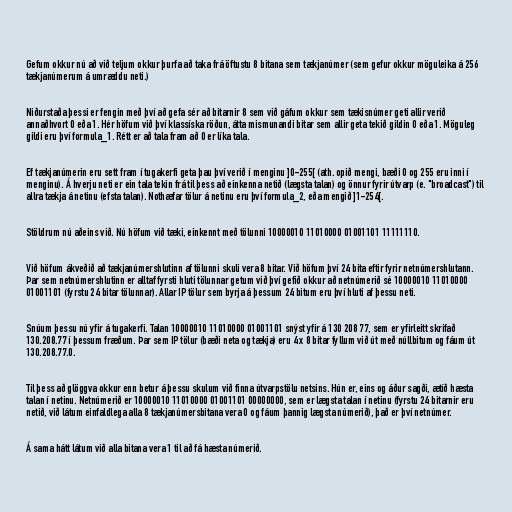
Gefum okkur nú að við teljum okkur þurfa að taka frá öftustu 8 bitana sem tækjanúmer (sem gefur okkur möguleika á 256
tækjanúmerum á umræddu neti.)

Niðurstaða þessi er fengin með því að gefa sér að bitarnir 8 sem við gáfum okkur sem tækisnúmer geti allir verið
annaðhvort 0 eða 1. Hér höfum við því klassíska röðun, átta mismunandi bitar sem allir geta tekið gildin 0 eða 1. Möguleg
gildi eru því formula_1. Rétt er að tala fram að 0 er líka tala.

Ef tækjanúmerin eru sett fram í tugakerfi geta þau því verið í menginu ]0-255[ (ath. opið mengi, bæði 0 og 255 eru inni í
menginu). Á hverju neti er ein tala tekin frá til þess að einkenna netið (lægsta talan) og önnur fyrir útvarp (e. "broadcast") til
allra tækja á netinu (efsta talan). Nothæfar tölur á netinu eru því formula_2, eða mengið ]1-254[.

Stöldrum nú aðeins við. Nú höfum við tæki, einkennt með tölunni 10000010 11010000 01001101 11111110.

Við höfum ákveðið að tækjanúmershlutinn af tölunni skuli vera 8 bitar. Við höfum því 24 bita eftir fyrir netnúmershlutann.
Þar sem netnúmershlutinn er alltaf fyrsti hluti tölunnar getum við því gefið okkur að netnúmerið sé 10000010 11010000
01001101 (fyrstu 24 bitar tölunnar). Allar IP tölur sem byrja á þessum 24 bitum eru því hluti af þessu neti.

Snúum þessu nú yfir á tugakerfi. Talan 10000010 11010000 01001101 snýst yfir á 130 208 77, sem er yfirleitt skrifað
130.208.77 í þessum fræðum. Þar sem IP tölur (bæði neta og tækja) eru 4 x 8 bitar fyllum við út með núllbitum og fáum út
130.208.77.0.

Til þess að glöggva okkur enn betur á þessu skulum við finna útvarpstölu netsins. Hún er, eins og áður sagði, ætíð hæsta
talan í netinu. Netnúmerið er 10000010 11010000 01001101 00000000, sem er lægsta talan í netinu (fyrstu 24 bitarnir eru
netið, við látum einfaldlega alla 8 tækjanúmersbitana vera 0 og fáum þannig lægsta númerið), það er því netnúmer.

Á sama hátt látum við alla bitana vera 1 til að fá hæsta númerið.